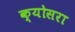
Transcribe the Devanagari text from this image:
क्योसरा